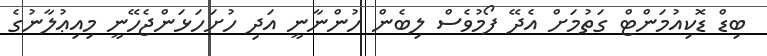
ބިޑް ޑޮކިއުމަންޓް ގަތުމަށް އެދޭ ފޯމުވެސް ލިބެން ހުންނާނީ އަދި ހުށަހަޅަންޖެހޭނީ މިއިޢުލާނުގެ